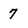
Character: 7